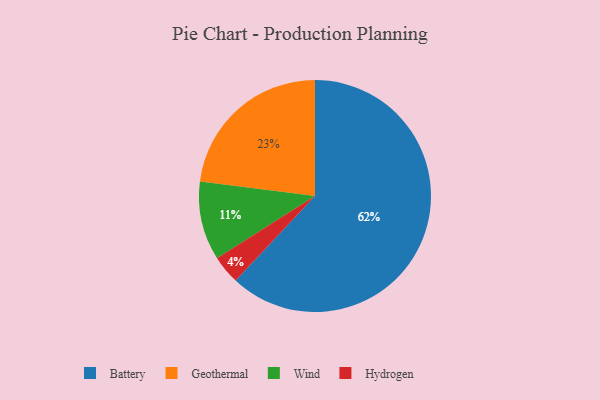
{"axis": {"x": "Category", "y": "Percentage"}, "legend": ["Battery", "Geothermal", "Hydrogen", "Wind"], "data": [{"x": "Hydrogen", "y": 4, "type": "Hydrogen"}, {"x": "Geothermal", "y": 23, "type": "Geothermal"}, {"x": "Wind", "y": 11, "type": "Wind"}, {"x": "Battery", "y": 62, "type": "Battery"}]}